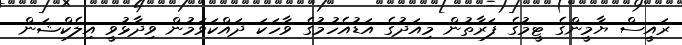
ރައީސް ޔާމީންގެ ޓީމުގެ ފަރާތުން މިއަދުގެ އަޑުއެހުމުގެ ވާހަކަ ދައްކަވަމުން ވިދާޅުވީ އިލެކްޝަން